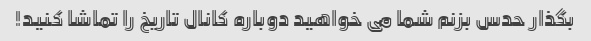
بگذار حدس بزنم شما می خواهید دوباره کانال تاریخ را تماشا کنید!